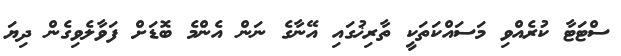
ސްޓަޓާ ކުރެއްވި މަސައްކަތަކީ ތާރިޚުގައި އޭނާގެ ނަން އެންމެ ބޮޑަށް ފަވާލެވިގެން ދިޔަ